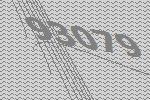
93079